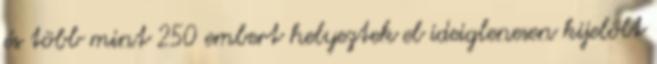
és több mint 250 embert helyeztek el ideiglenesen kijelölt